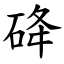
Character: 䂫